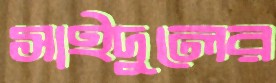
সাইদুলের